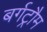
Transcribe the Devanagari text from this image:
बर्गट्रौम